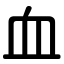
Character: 血